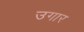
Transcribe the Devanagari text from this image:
उगार